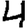
Digit: 4